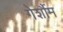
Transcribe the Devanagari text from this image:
गेर्शौम